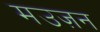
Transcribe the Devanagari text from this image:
मउज़न